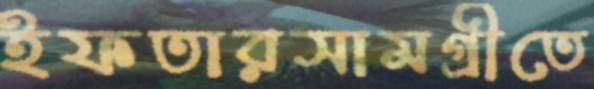
ইফতারসামগ্রীতে